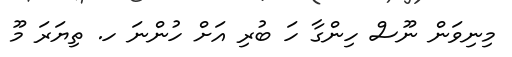
މިނިވަން ނޫސް ހިންގާ ހަ ބުރި އަށް ހުންނަ ހ. ތިޔަރަ މޫ